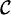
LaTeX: \scriptstyle{\mathcal{C}}